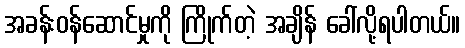
အခန်းဝန်ဆောင်မှုကို ကြိုက်တဲ့ အချိန် ခေါ်လို့ရပါတယ်။